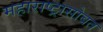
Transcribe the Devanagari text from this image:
महाराष्ट्रासोबत